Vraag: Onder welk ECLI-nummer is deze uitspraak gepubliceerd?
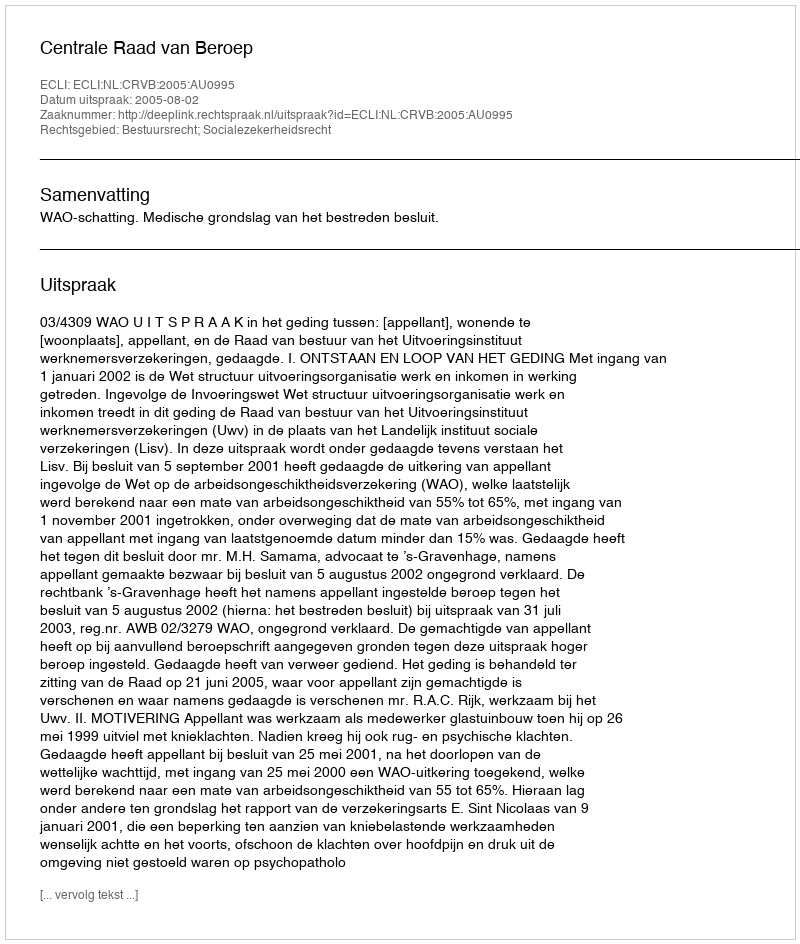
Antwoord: ECLI:NL:CRVB:2005:AU0995